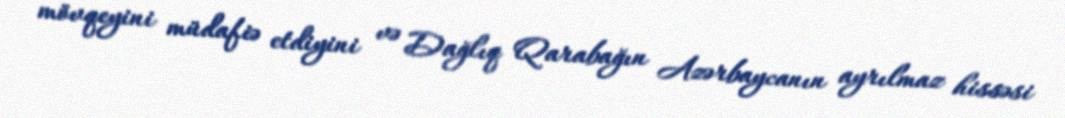
mövqeyini müdafiə etdiyini və Dağlıq Qarabağın Azərbaycanın ayrılmaz hissəsi